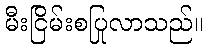
မီးငြိမ်းစပြုလာသည်။